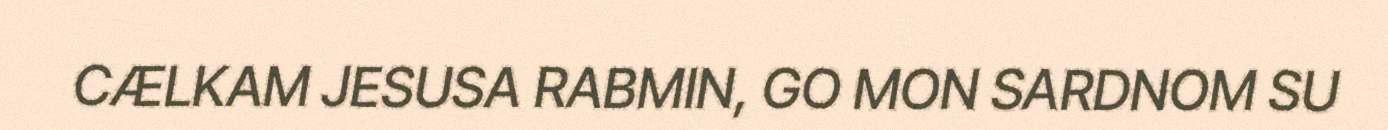
CÆLKAM JESUSA RABMIN, GO MON SARDNOM SU